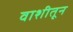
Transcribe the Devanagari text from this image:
वाशीतून